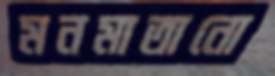
মনমাতানো